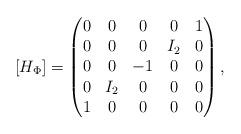
LaTeX: \begin{align*}[H_{\Phi}] =\begin{pmatrix}0 & 0 & 0 & 0 & 1 \\0 & 0 & 0 & I_2 & 0 \\0 & 0 & -1 & 0 & 0 \\0 & I_2 & 0 & 0 & 0 \\1 & 0 & 0 & 0 & 0\end{pmatrix} ,\end{align*}